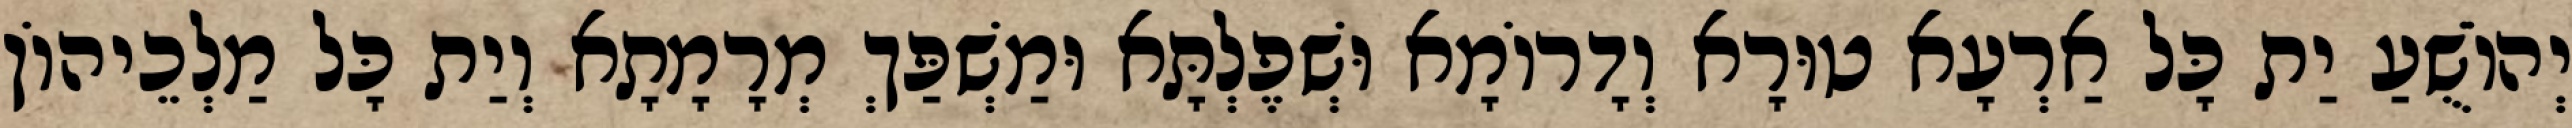
יְהוֹשֻׁעַ יַת כָּל אַרְעָא טוּרָא וְדָרוֹמָא וּשְׁפֶלְתָּא וּמַשְׁפַּךְ מְרָמָתָא וְיַת כָּל מַלְכֵיהוֹן